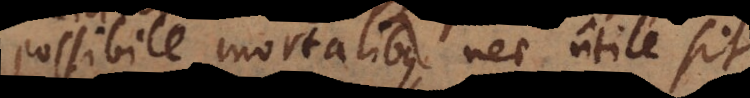
possibile mortalibus, nec utile si